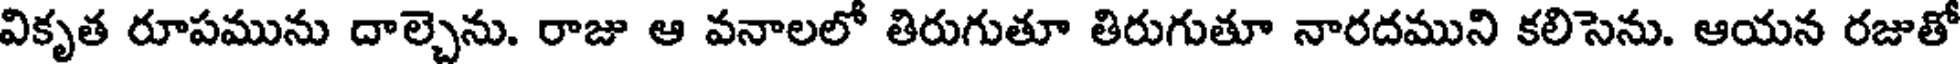
వికృత రూపమును దాల్చెను. రాజు ఆ వనాలలో తిరుగుతూ తిరుగుతూ నారదముని కలిసెను. ఆయన రజుతో